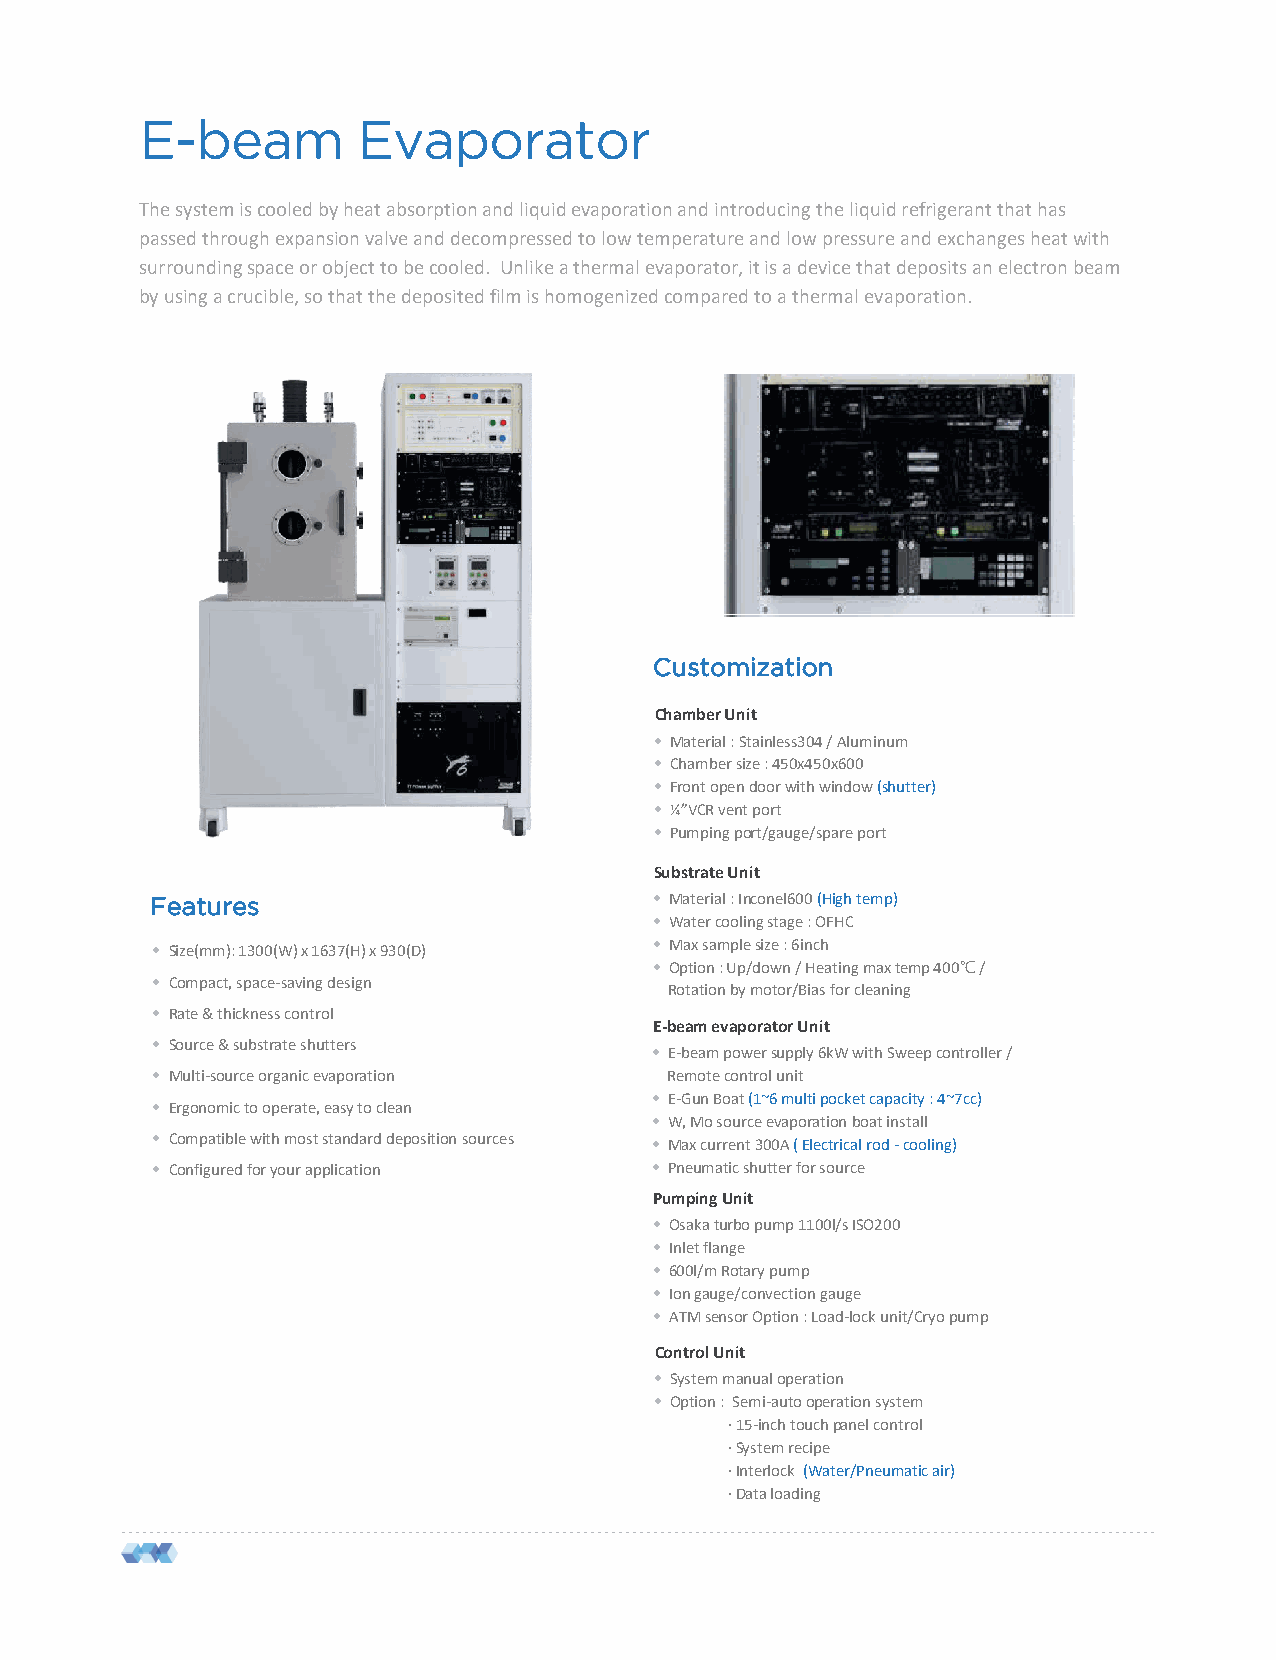
E-beam         Evaporator
 The system is cooled by heat absorption and liquid evaporation and introducing the liquid refrigerant that has
 passed through expansion valve and decompressed to low temperature and low pressure and exchanges heat with
 surrounding space or object to be cooled. Unlike a thermal evaporator, it is a device that deposits an electron beam
 by using a crucible, so that the deposited film is homogenized compared to a thermal evaporation.
 Customization
 Chamber Unit
 • Material : Stainless304 / Aluminum
 • Chamber size : 450x450x600
 • Front open door with window (shutter)
 • ¼”VCR vent port
 • Pumping port/gauge/spare port
 Substrate Unit
 Features                         • Material : Inconel600 (High temp)
 • Water cooling stage : OFHC
 • Max sample size : 6inch
 • Size(mm): 1300(W) x 1637(H) x 930(D)
 • Option : Up/down / Heating max temp 400℃/
 • Compact, space-saving design
 Rotation by motor/Bias for cleaning
 • Rate & thickness control
 E-beam evaporator Unit
 • Source & substrate shutters
 • E-beam power supply 6kW with Sweep controller /
 • Multi-source organic evaporation Remote control unit
 • E-Gun Boat (1~6 multi pocket capacity : 4~7cc)
 • Ergonomic to operate, easy to clean
 • W, Mo source evaporation boat install
 • Compatible with most standard deposition sources • Max current 300A ( Electrical rod -cooling)
 • Configured for your application • Pneumatic shutter for source
 Pumping Unit
 • Osaka turbo pump 1100l/s ISO200
 • Inlet flange
 • 600l/m Rotary pump
 • Ion gauge/convection gauge
 • ATM sensor Option : Load-lock unit/Cryopump
 Control Unit
 • System manual operation
 • Option : Semi-auto operation system
 ·15-inch touch panel control
 ·System recipe
 ·Interlock (Water/Pneumatic air)
 ·Data loading